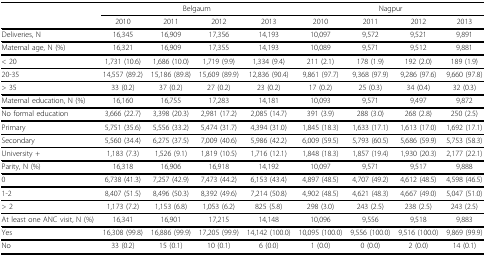
<table><thead><tr><td>[EMPTY_CELL]</td><td colspan="4"><b>Belgaum</b></td><td colspan="4"><b>Nagpur</b></td></tr><tr><td>[EMPTY_CELL]</td><td><b>2010</b></td><td><b>2011</b></td><td><b>2012</b></td><td><b>2013</b></td><td><b>2010</b></td><td><b>2011</b></td><td><b>2012</b></td><td><b>2013</b></td></tr></thead><tbody><tr><td>Deliveries, N</td><td>16,345</td><td>16,909</td><td>17,356</td><td>14,193</td><td>10,097</td><td>9,572</td><td>9,521</td><td>9,891</td></tr><tr><td>Maternal age, N (%)</td><td>16,321</td><td>16,909</td><td>17,355</td><td>14,193</td><td>10,089</td><td>9,571</td><td>9,512</td><td>9,881</td></tr><tr><td>&lt; 20</td><td>1,731 (10.6)</td><td>1,686 (10.0)</td><td>1,719 (9.9)</td><td>1,334 (9.4)</td><td>211 (2.1)</td><td>178 (1.9)</td><td>192 (2.0)</td><td>189 (1.9)</td></tr><tr><td>20-35</td><td>14,557 (89.2)</td><td>15,186 (89.8)</td><td>15,609 (89.9)</td><td>12,836 (90.4)</td><td>9,861 (97.7)</td><td>9,368 (97.9)</td><td>9,286 (97.6)</td><td>9,660 (97.8)</td></tr><tr><td>&gt; 35</td><td>33 (0.2)</td><td>37 (0.2)</td><td>27 (0.2)</td><td>23 (0.2)</td><td>17 (0.2)</td><td>25 (0.3)</td><td>34 (0.4)</td><td>32 (0.3)</td></tr><tr><td>Maternal education, N (%)</td><td>16,160</td><td>16,755</td><td>17,283</td><td>14,181</td><td>10,093</td><td>9,571</td><td>9,497</td><td>9,872</td></tr><tr><td>No formal education</td><td>3,666 (22.7)</td><td>3,398 (20.3)</td><td>2,981 (17.2)</td><td>2,085 (14.7)</td><td>391 (3.9)</td><td>288 (3.0)</td><td>268 (2.8)</td><td>250 (2.5)</td></tr><tr><td>Primary</td><td>5,751 (35.6)</td><td>5,556 (33.2)</td><td>5,474 (31.7)</td><td>4,394 (31.0)</td><td>1,845 (18.3)</td><td>1,633 (17.1)</td><td>1,613 (17.0)</td><td>1,692 (17.1)</td></tr><tr><td>Secondary</td><td>5,560 (34.4)</td><td>6,275 (37.5)</td><td>7,009 (40.6)</td><td>5,986 (42.2)</td><td>6,009 (59.5)</td><td>5,793 (60.5)</td><td>5,686 (59.9)</td><td>5,753 (58.3)</td></tr><tr><td>University +</td><td>1,183 (7.3)</td><td>1,526 (9.1)</td><td>1,819 (10.5)</td><td>1,716 (12.1)</td><td>1,848 (18.3)</td><td>1,857 (19.4)</td><td>1,930 (20.3)</td><td>2,177 (22.1)</td></tr><tr><td>Parity, N (%)</td><td>16,318</td><td>16,906</td><td>16,918</td><td>14,192</td><td>10,097</td><td>9,571</td><td>9,517</td><td>9,888</td></tr><tr><td>0</td><td>6,738 (41.3)</td><td>7,257 (42.9)</td><td>7,473 (44.2)</td><td>6,153 (43.4)</td><td>4,897 (48.5)</td><td>4,707 (49.2)</td><td>4,612 (48.5)</td><td>4,598 (46.5)</td></tr><tr><td>1-2</td><td>8,407 (51.5)</td><td>8,496 (50.3)</td><td>8,392 (49.6)</td><td>7,214 (50.8)</td><td>4,902 (48.5)</td><td>4,621 (48.3)</td><td>4,667 (49.0)</td><td>5,047 (51.0)</td></tr><tr><td>&gt; 2</td><td>1,173 (7.2)</td><td>1,153 (6.8)</td><td>1,053 (6.2)</td><td>825 (5.8)</td><td>298 (3.0)</td><td>243 (2.5)</td><td>238 (2.5)</td><td>243 (2.5)</td></tr><tr><td>At least one ANC visit, N (%)</td><td>16,341</td><td>16,901</td><td>17,215</td><td>14,148</td><td>10,096</td><td>9,556</td><td>9,518</td><td>9,883</td></tr><tr><td>Yes</td><td>16,308 (99.8)</td><td>16,886 (99.9)</td><td>17,205 (99.9)</td><td>14,142 (100.0)</td><td>10,095 (100.0)</td><td>9,556 (100.0)</td><td>9,516 (100.0)</td><td>9,869 (99.9)</td></tr><tr><td>No</td><td>33 (0.2)</td><td>15 (0.1)</td><td>10 (0.1)</td><td>6 (0.0)</td><td>1 (0.0)</td><td>0 (0.0)</td><td>2 (0.0)</td><td>14 (0.1)</td></tr></tbody></table>